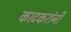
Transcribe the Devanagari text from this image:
काटकरांनी